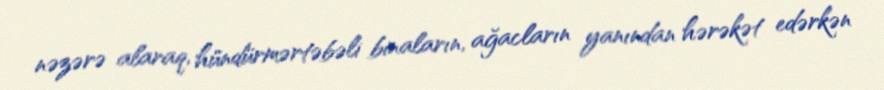
nəzərə alaraq, hündürmərtəbəli binaların, ağacların yanından hərəkət edərkən